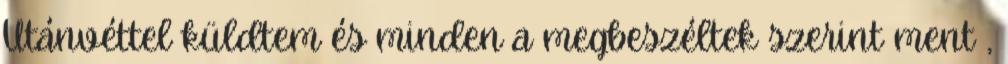
Utánvéttel küldtem és minden a megbeszéltek szerint ment ,